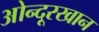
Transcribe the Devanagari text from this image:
ओन्दूरखान